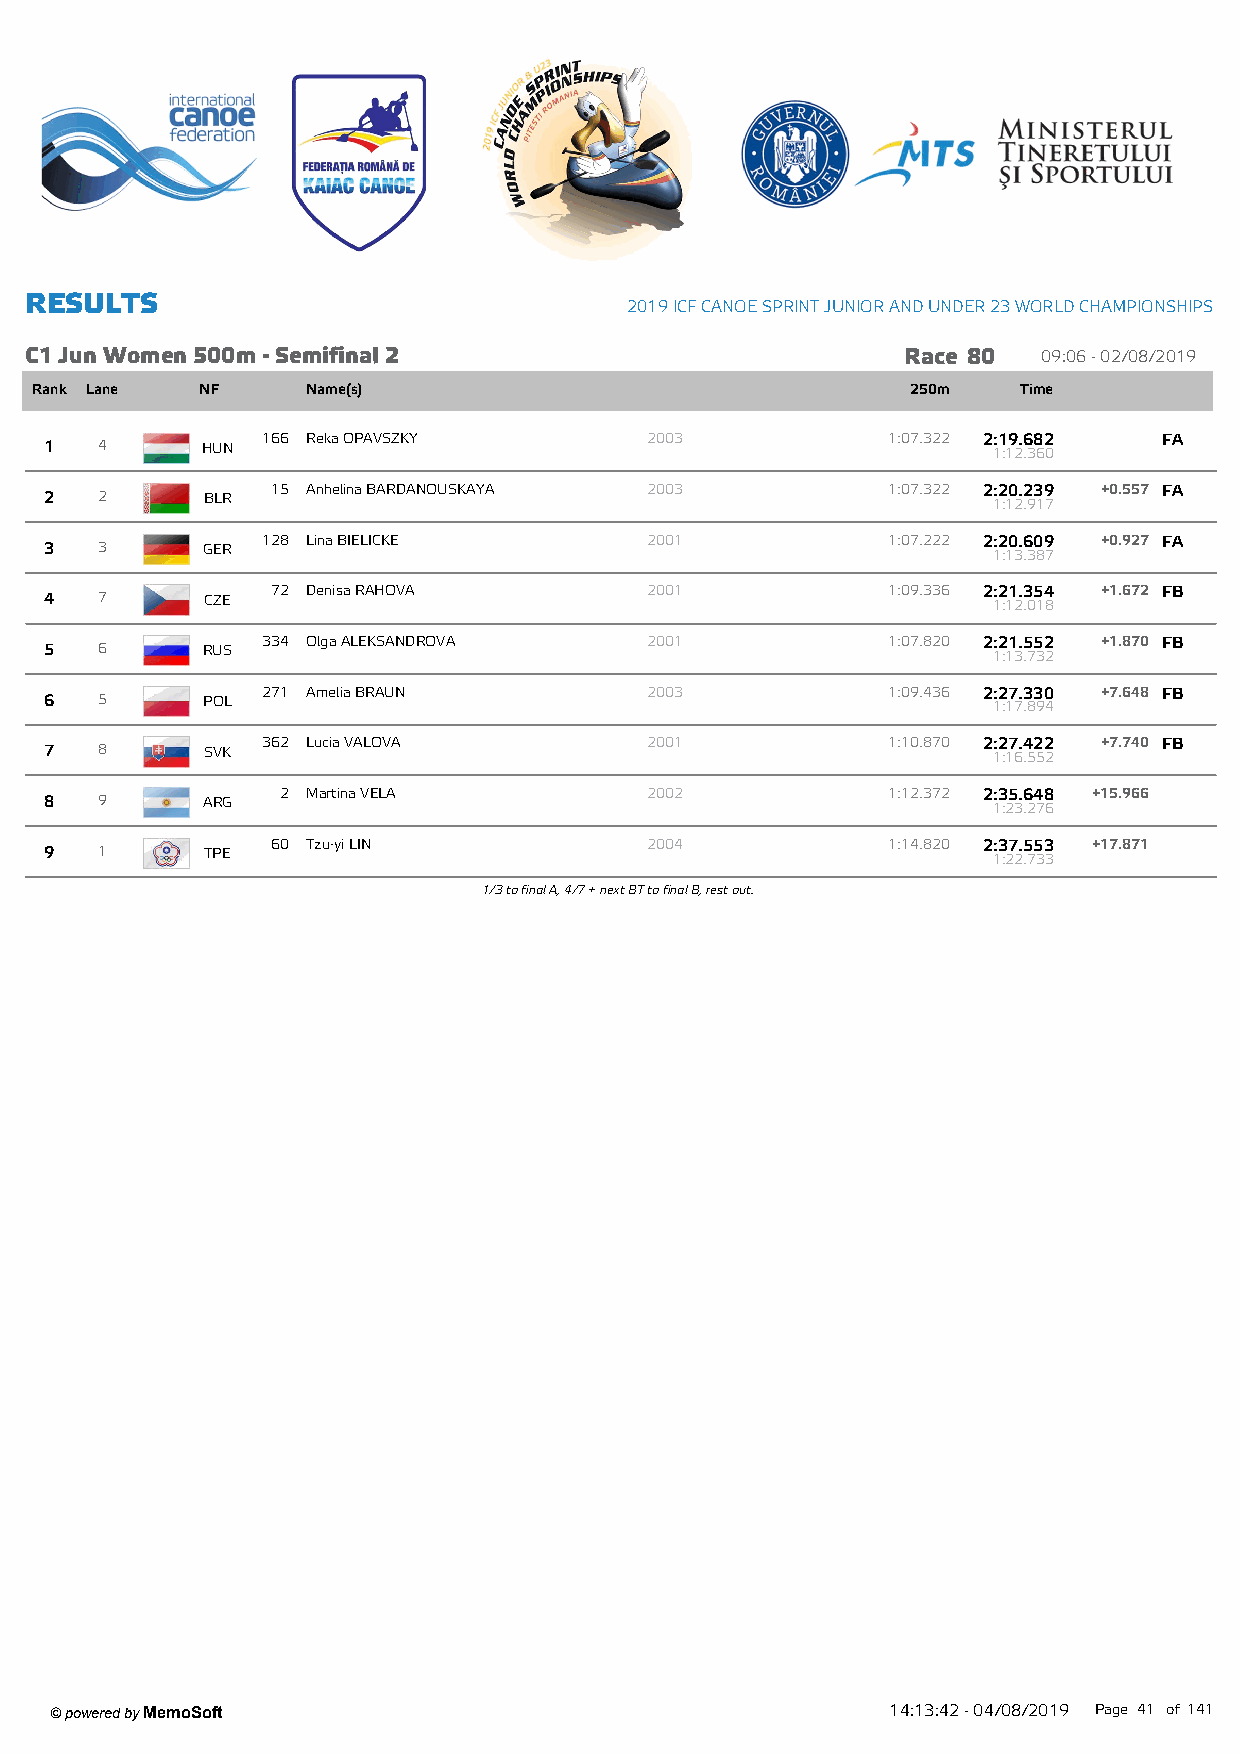
R ESU LTS
 2019 ICF CANOE SPRINT JUNIOR AND UNDER 23 W ORLD CHAMPIONSHIPS
 C1 Jun W om en 500m - Sem ifinal 2                        Race 80  09:06 - 02/08/2019
 Rank Lane  NF     Name(s)                                 250m    Time
 166 Reka OPAVSZKY         2003            1:07.322 2:19.682 FA
 1  4      HUN                                                  1:12.360
 15 Anhelina BARDANOUSKAYA 2003           1:07.322 2:20.239 +0.557 FA
 2  2      BLR                                                  1:12.917
 128 Lina BIELICKE         2001            1:07.222 2:20.609 +0.927 FA
 3  3      GER                                                  1:13.387
 72 Denisa RAHOVA         2001            1:09.336 2:21.354 +1.672 FB
 4  7       CZE                                                 1:12.018
 334 Olga ALEKSANDROVA     2001            1:07.820 2:21.552 +1.870 FB
 5  6      RUS                                                  1:13.732
 271 Amelia BRAUN          2003            1:09.436 2:27.330 +7.648 FB
 6  5      POL                                                  1:17.894
 362 Lucia VALOVA          2001            1:10.870 2:27.422 +7.740 FB
 7  8      SVK                                                  1:16.552
 2 Martina VELA          2002            1:12.372 2:35.648 +15.966
 8  9      ARG                                                  1:23.276
 60 Tzu-yi LIN            2004            1:14.820 2:37.553 +17.871
 9  1       TPE                                                 1:22.733
 1/3 to final A, 4/7 + next BT to final B, rest out.
 ' powered by MemoSoft                                   14:13:42 - 04/08/2019 Page 41 of141